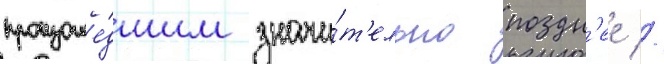
произоше́дшим значи́т'ельно поздн'ее //